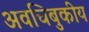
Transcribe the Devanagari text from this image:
अवचिबुकीय